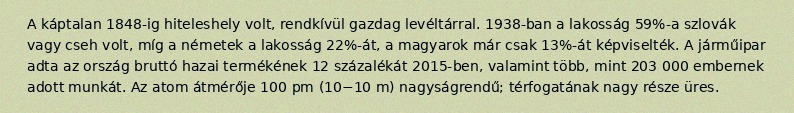
A káptalan 1848-ig hiteleshely volt, rendkívül gazdag levéltárral. 1938-ban a lakosság 59%-a szlovák vagy cseh volt, míg a németek a lakosság 22%-át, a magyarok már csak 13%-át képviselték. A járműipar adta az ország bruttó hazai termékének 12 százalékát 2015-ben, valamint több, mint 203 000 embernek adott munkát. Az atom átmérője 100 pm (10−10 m) nagyságrendű; térfogatának nagy része üres.